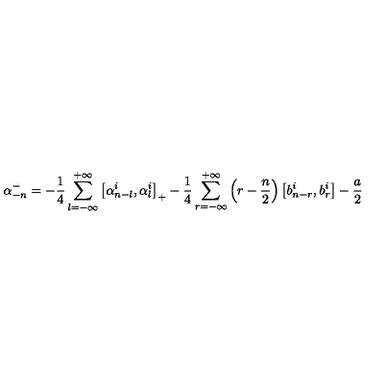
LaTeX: \alpha _ { - n } ^ { - } = - \frac { 1 } { 4 } \sum _ { l = - \infty } ^ { + \infty } \left[ \alpha _ { n - l } ^ { i } , \alpha _ { l } ^ { i } \right] _ { + } - \frac { 1 } { 4 } \sum _ { r = - \infty } ^ { + \infty } \left( r - \frac { n } { 2 } \right) \left[ b _ { n - r } ^ { i } , b _ { r } ^ { i } \right] - \frac { a } { 2 }